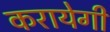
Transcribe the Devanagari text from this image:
करायेगी